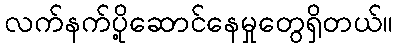
လက်နက်ပို့ဆောင်နေမှုတွေရှိတယ်။